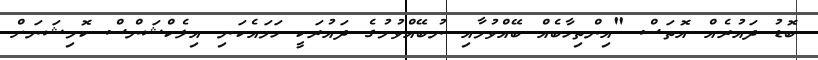
ބޮޑު ދައުރެއް އޮތަސް "އިންތިހާބެއް ބޭއްވުމާއި ނުބޭއްވުމުގެ ދައުރަކީ ހަމައެކަނި އިލެކްޝަންސް ކޮމިޝަނަށް